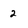
Character: 2